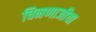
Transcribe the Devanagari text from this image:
चिमणाजीचा